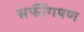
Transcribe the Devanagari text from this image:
सर्फींगपण